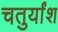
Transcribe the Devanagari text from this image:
चतुर्यांश